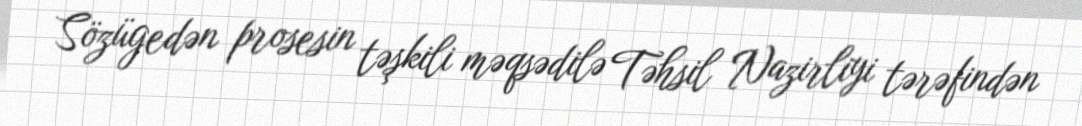
Sözügedən prosesin təşkili məqsədilə Təhsil Nazirliyi tərəfindən